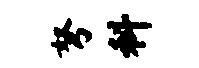
弩料